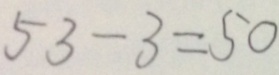
5 3 - 3 = 5 0